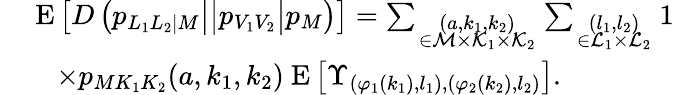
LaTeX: \begin{array}{rl}&{\left.\left.\left.\mathrm{\mathbf~E}\left[D\left(p_{L_{1}L_{2}|M}\right|\right|p_{V_{1}V_{2}}\right|p_{M}\right)\right]=\sum_{\scriptstyle(a,k_{1},k_{2})\atop{\scriptstyle\in{\cal M}\times{\cal K}_{1}\times{\cal K}_{2}}}\sum_{\scriptstyle(l_{1},l_{2})\atop{\scriptstyle\in{\cal L}_{1}\times{\cal L}_{2}}}1}\\ &{\quad\times p_{MK_{1}K_{2}}(a,k_{1},k_{2})\mathrm{\mathbf~E}\left[\Upsilon_{(\varphi_{1}(k_{1}),l_{1}),(\varphi_{2}(k_{2}),l_{2})}\right].}\end{array}